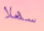
سهلا